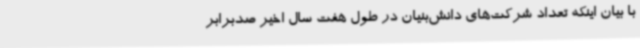
با بیان اینکه تعداد شرکت‌های دانش‌بنیان در طول هفت سال اخیر صدبرابر